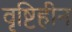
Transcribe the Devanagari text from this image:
वृष्टिहीन